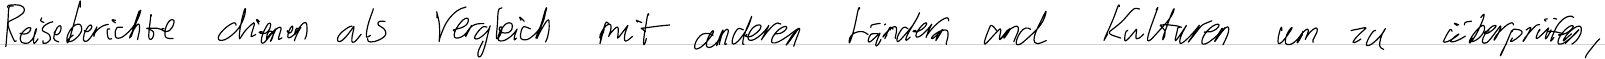
Reiseberichte dienen als Vergleich mit anderen Ländern und Kulturen um zu überprüfen,